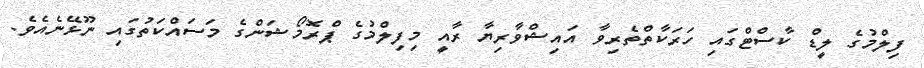
ފިލްމުގެ ލީޑް ކާސްޓްގައި ހަރަކާތްތެރިވާ އައިޝްވާރިޔާ ރާއީ މިފިލްމުގެ ޕްރޮމޯޝަންގެ މަސައްކަތުގައި ނޫޅޭނެއެވެ.